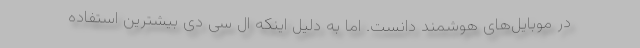
در موبایل‌های هوشمند دانست. اما به دلیل اینکه ال سی دی بیشترین استفاده